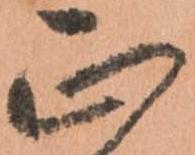
正